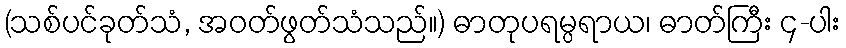
(သစ်ပင်ခုတ်သံ, အဝတ်ဖွတ်သံသည်။) ဓာတုပရမ္ပရာယ၊ ဓာတ်ကြီး ၄-ပါး